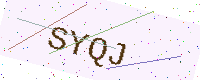
Text: SYQJ